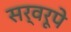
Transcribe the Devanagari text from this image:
सर्वरूपे